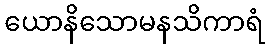
ယောနိသောမနသိကာရံ